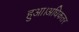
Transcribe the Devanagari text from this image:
हुआ।अधिकतर